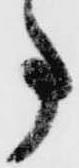
事